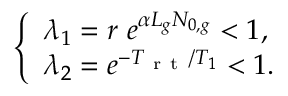
\left\{ \begin{array} { l l } { \lambda _ { 1 } = r \ e ^ { \alpha L _ { g } N _ { 0 , g } } < 1 , } \\ { \lambda _ { 2 } = e ^ { - T _ { \mathrm { ~ r ~ t ~ } } / T _ { 1 } } < 1 . } \end{array} \right.